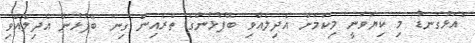
"އަޅުގަނޑު މި ކިޔަވަނީ މިކަމަށް އެދިލެއްވި ބޭފުޅުންގެ ތެރެއިން ގިނަ ބޭފުޅުން އެދިލެއްވި